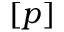
[ p ]